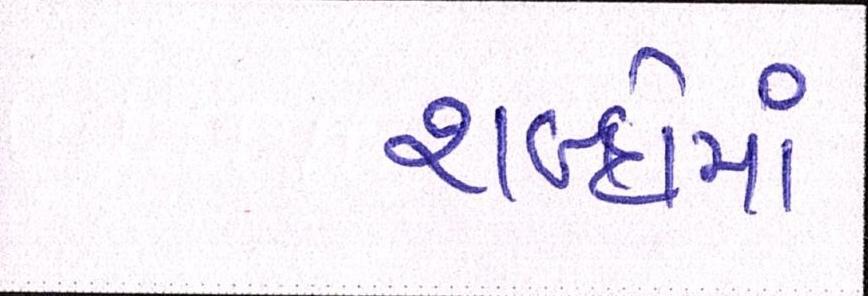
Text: શબ્દોમાં